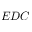
E D C